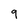
Character: 9